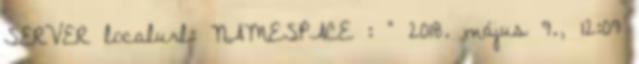
SERVER localurl: NAMESPACE : ” 2018. május 9., 12:09